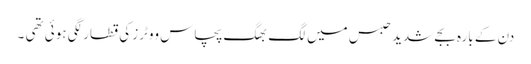
دن کے بارہ بجے شدید حبس میں لگ بھگ پچاس ووٹرز کی قطار لگی ہوئی تھی ۔